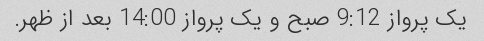
یک پرواز 9:12 صبح و یک پرواز 14:00 بعد از ظهر.